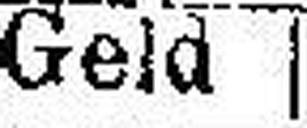
Geld